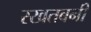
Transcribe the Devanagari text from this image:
रखतबनी